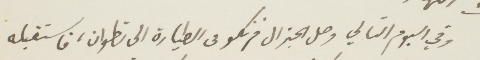
وفي اليوم التالي وصل الجنرال فرنكو في الطيارة إلى تطوان، فاستقبله